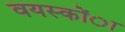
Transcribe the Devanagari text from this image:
वयस्कोंा